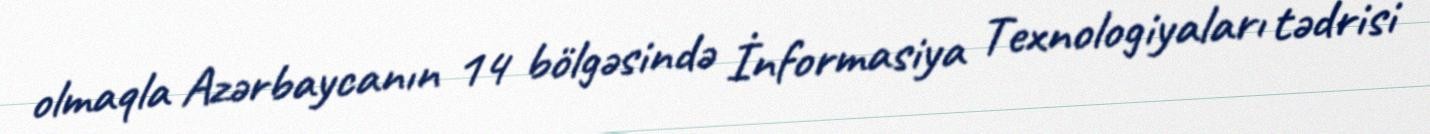
olmaqla Azərbaycanın 14 bölgəsində İnformasiya Texnologiyaları tədrisi